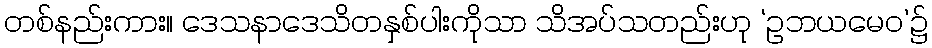
တစ်နည်းကား။ ဒေသနာဒေသိတနှစ်ပါးကိုသာ သိအပ်သတည်းဟု ‘ဥဘယမေဝ’၌